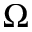
\Omega